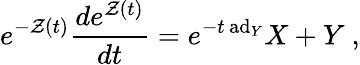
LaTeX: e^{-\mathcal{Z}(t)}{\frac{{de^{\mathcal{Z}(t)}}}{{dt}}}=e^{-t\, \mathrm{{ad}}_{Y}}X+Y~,